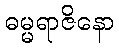
ဓမ္မရာဇိနော